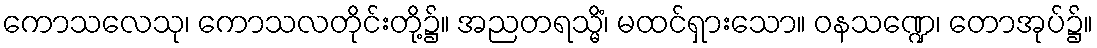
ကောသလေသု၊ ကောသလတိုင်းတို့၌။ အညတရသ္မိံ၊ မထင်ရှားသော။ ဝနသဏ္ဍေ၊ တောအုပ်၌။